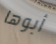
أبوها